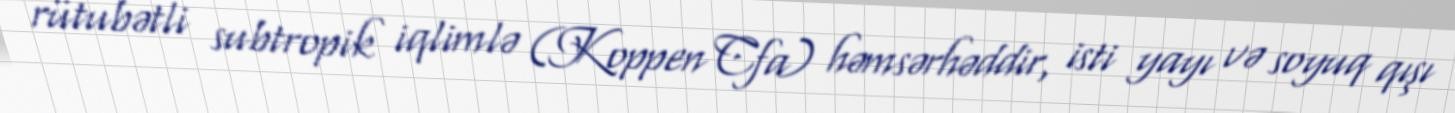
rütubətli subtropik iqlimlə (Koppen Cfa) həmsərhəddir, isti yayı və soyuq qışı